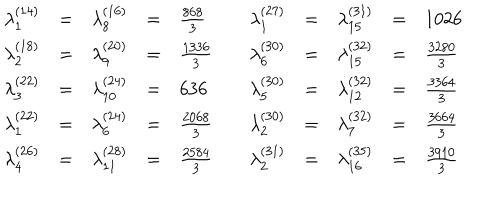
LaTeX: \begin{array} { r c l c l r c l c l } { { \lambda _ { 1 } ^ { ( 1 4 ) } } } & { { = } } & { { \lambda _ { 8 } ^ { ( 1 6 ) } } } & { { = } } & { { \frac { 8 6 8 } { 3 } } } & { { \quad \lambda _ { 1 } ^ { ( 2 7 ) } } } & { { = } } & { { \lambda _ { 1 5 } ^ { ( 3 1 ) } } } & { { = } } & { { 1 0 2 6 } } \\ { { \lambda _ { 2 } ^ { ( 1 8 ) } } } & { { = } } & { { \lambda _ { 9 } ^ { ( 2 0 ) } } } & { { = } } & { { \frac { 1 3 3 6 } { 3 } } } & { { \lambda _ { 6 } ^ { ( 3 0 ) } } } & { { = } } & { { \lambda _ { 1 5 } ^ { ( 3 2 ) } } } & { { = } } & { { \frac { 3 2 8 0 } { 3 } } } \\ { { \lambda _ { 3 } ^ { ( 2 2 ) } } } & { { = } } & { { \lambda _ { 1 0 } ^ { ( 2 4 ) } } } & { { = } } & { { 6 3 6 } } & { { \lambda _ { 5 } ^ { ( 3 0 ) } } } & { { = } } & { { \lambda _ { 1 2 } ^ { ( 3 2 ) } } } & { { = } } & { { \frac { 3 3 6 4 } { 3 } } } \\ { { \lambda _ { 1 } ^ { ( 2 2 ) } } } & { { = } } & { { \lambda _ { 6 } ^ { ( 2 4 ) } } } & { { = } } & { { \frac { 2 0 6 8 } { 3 } } } & { { \lambda _ { 2 } ^ { ( 3 0 ) } } } & { { = } } & { { \lambda _ { 7 } ^ { ( 3 2 ) } } } & { { = } } & { { \frac { 3 6 6 4 } { 3 } } } \\ { { \lambda _ { 4 } ^ { ( 2 6 ) } } } & { { = } } & { { \lambda _ { 1 1 } ^ { ( 2 8 ) } } } & { { = } } & { { \frac { 2 5 8 4 } { 3 } } } & { { \lambda _ { 2 } ^ { ( 3 1 ) } } } & { { = } } & { { \lambda _ { 1 6 } ^ { ( 3 5 ) } } } & { { = } } & { { \frac { 3 9 1 0 } { 3 } } } \\ \end{array}